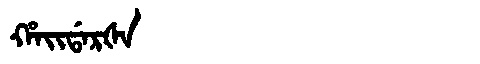
Manchu: ᡥᠠᡳᡩᠠᡵᡧᠠ
Romanization: HAIDARŠA